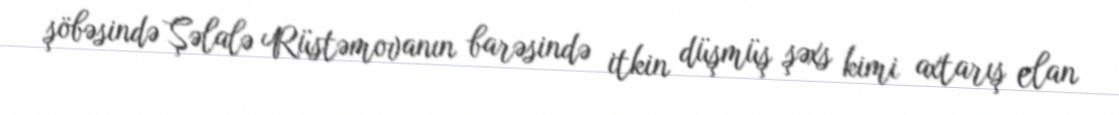
şöbəsində Şəlalə Rüstəmovanın barəsində itkin düşmüş şəxs kimi axtarış elan